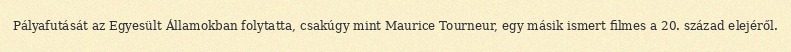
Pályafutását az Egyesült Államokban folytatta, csakúgy mint Maurice Tourneur, egy másik ismert filmes a 20. század elejéről.